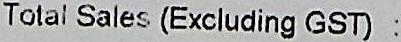
TOTAL SALES (EXCLUDING GST) :